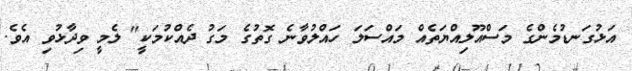
އަޅުގަނޑުމެންގެ މަސްއޫލިއްޔަތެއް މައްސަލަ ހައްލުވާނެ ގޮތުގެ މަގު ދެއްކުމަކީ" ލެމީ ވިދާޅުވި އެވެ.